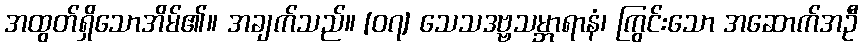
အထွတ်ရှိသောအိမ်၏။ အချက်သည်။ [၀၇] သေသဒဗ္ဗသမ္ဘာရာနံ၊ ကြွင်းသော အဆောက်အဦ